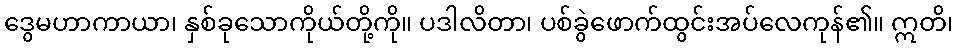
ဒွေမဟာကာယာ၊ နှစ်ခုသောကိုယ်တို့ကို။ ပဒါလိတာ၊ ပစ်ခွဲဖောက်ထွင်းအပ်လေကုန်၏။ ဣတိ၊